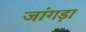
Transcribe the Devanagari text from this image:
जांगड़ा